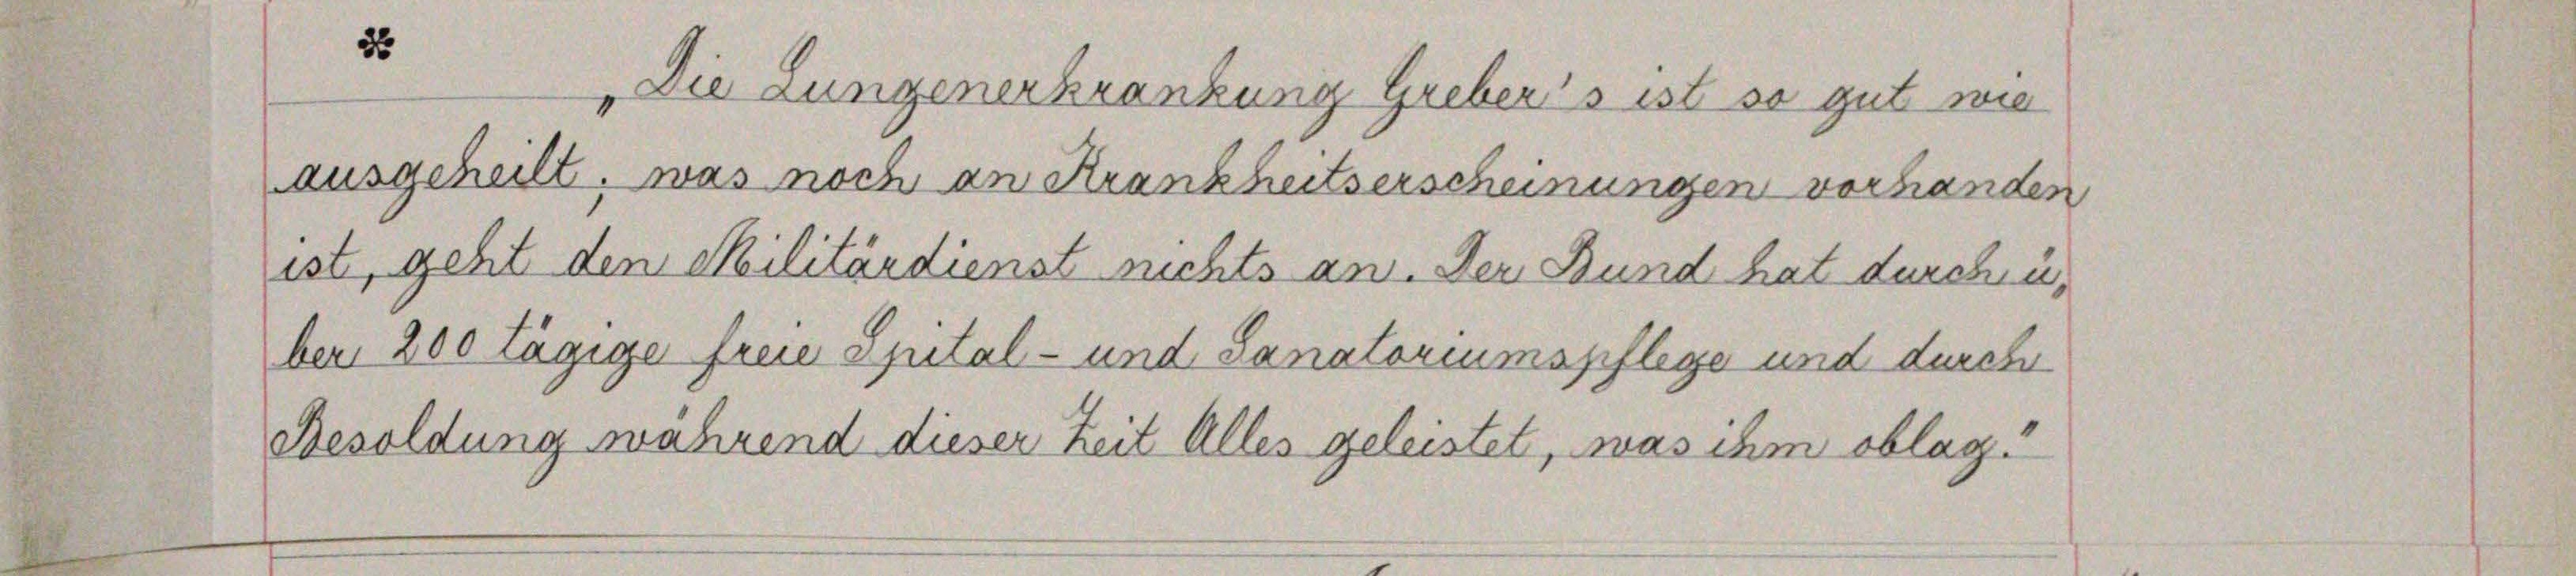
heilt
was noch
d
n
i
.

geht den Militärdienst nichts an. Der Bund hat durch

Tägige freie Spital- und Sanatoriumspflege und de